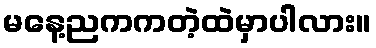
မနေ့ညကကတဲ့ထဲမှာပါလား။